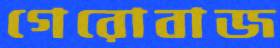
গেরোবাজ